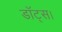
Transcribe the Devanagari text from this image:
डॉट्स।